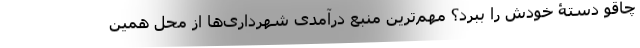
چاقو دستۀ خودش را ببُرد؟ مهم‌ترین منبع درآمدی شهرداری‌ها از محل همین